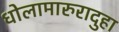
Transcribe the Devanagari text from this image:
धोलामारुरादुहा